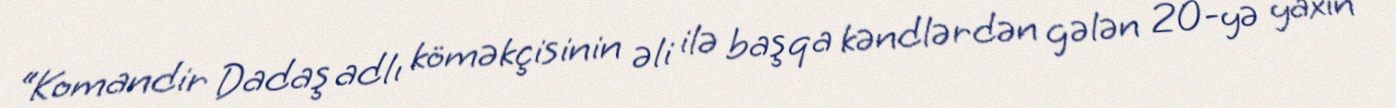
“Komandir Dadaş adlı köməkçisinin əli ilə başqa kəndlərdən gələn 20-yə yaxın